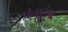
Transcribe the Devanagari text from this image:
प्रेमरंग